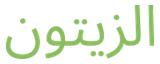
الزیتون